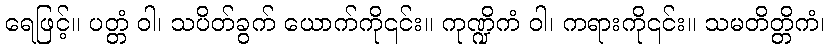
ရေဖြင့်။ ပတ္တံ ဝါ၊ သပိတ်ခွက် ယောက်ကို၎င်း။ ကုဏ္ဍိကံ ဝါ၊ ကရားကို၎င်း။ သမတိတ္တိကံ၊